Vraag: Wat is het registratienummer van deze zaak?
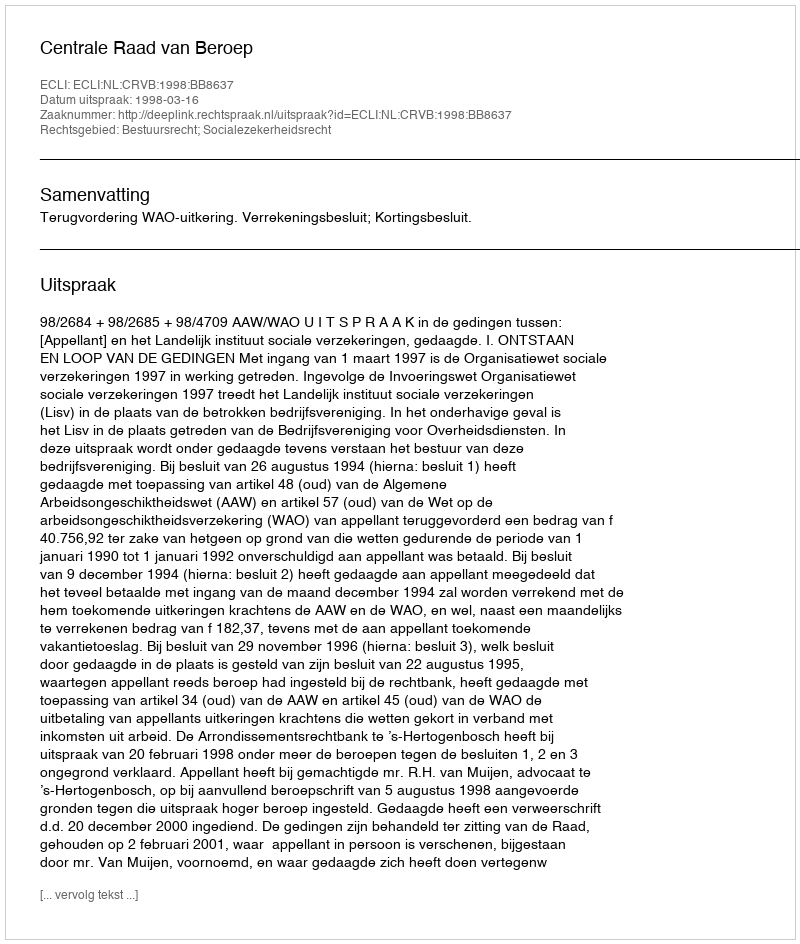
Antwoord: http://deeplink.rechtspraak.nl/uitspraak?id=ECLI:NL:CRVB:1998:BB8637